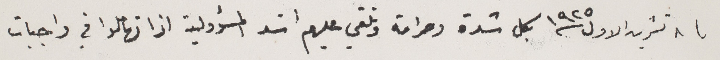
في ٨ تشرين الاول ١٩٢٥ بكل شدة وصرامة وتلقي عليهم اشد المسؤولية اذا تهاملوا في واجبات